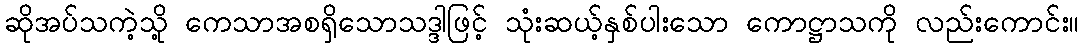
ဆိုအပ်သကဲ့သို့ ကေသာအစရှိသောသဒ္ဒါဖြင့် သုံးဆယ့်နှစ်ပါးသော ကောဋ္ဌာသကို လည်းကောင်း။